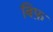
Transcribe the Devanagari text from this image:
बिफ़